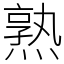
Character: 熟